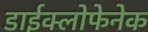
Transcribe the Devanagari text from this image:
डाईक्लोफेनेक